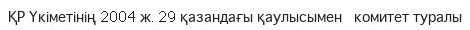
ҚР Үкіметінің 2004 ж. 29 қазандағы қаулысымен   комитет туралы